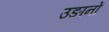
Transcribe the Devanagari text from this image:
उङानों